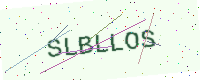
Text: SLBLLOS